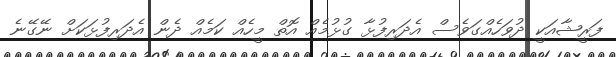
ފަރީޝާއަކީ ދުވަހެއްގަވެސް އެދަރިފުޅާ ގުޅުމެއް އޮތް މީހެއް ކަމެއް ދެން އެދަރިފުޅަކަށް ނޭގޭނެ